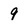
Character: 9